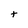
Character: t